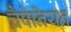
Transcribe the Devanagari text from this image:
चैंपेनियन